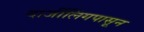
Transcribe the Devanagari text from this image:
दार्जीलिंगपासून